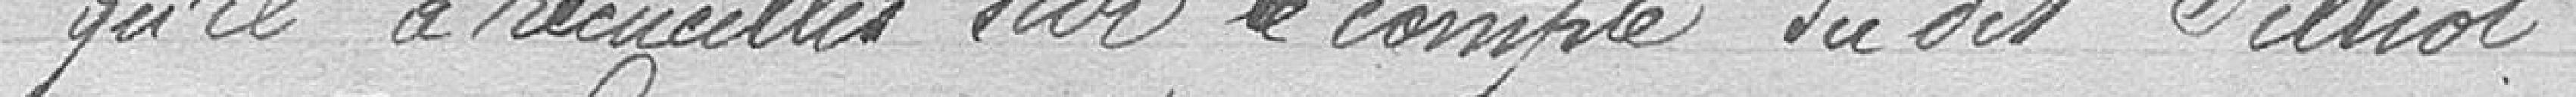
qu'il a recueillis sur le compte dudit Pilliot